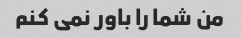
من شما را باور نمی کنم